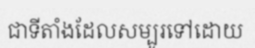
ជាទីតាំងដែលសម្បូរទៅដោយ